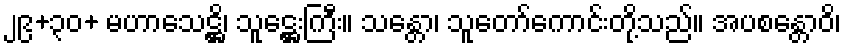
၂၉+၃၀+ မဟာသေဋ္ဌိ၊ သူဋ္ဌေးကြီး။ သန္တော၊ သူတော်ကောင်းတို့သည်။ အပစန္တောဝိ၊